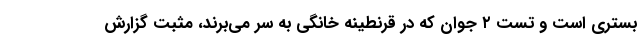
بستری است و تست ۲ جوان که در قرنطینه خانگی به سر می‌برند، مثبت گزارش